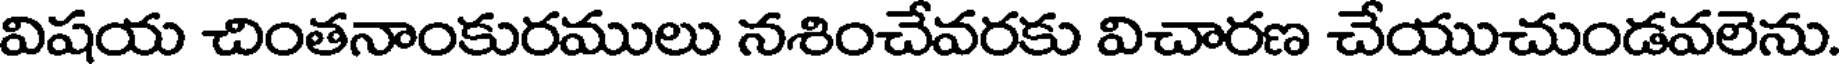
విషయ చింతనాంకురములు నశించేవరకు విచారణ చేయుచుండవలెను